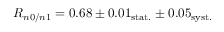
R _ { n 0 / n 1 } = 0 . 6 8 \pm 0 . 0 1 _ { \mathrm { s t a t . } } \pm 0 . 0 5 _ { \mathrm { s y s t . } }